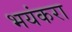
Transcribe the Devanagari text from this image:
भयंकरा